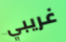
غريبي